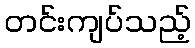
တင်းကျပ်သည့်